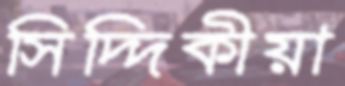
সিদ্দিকীয়া